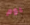
يوم